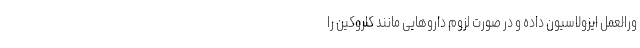
ورالعمل ایزولاسیون داده و در صورت لزوم داروهایی مانند کلروکین را